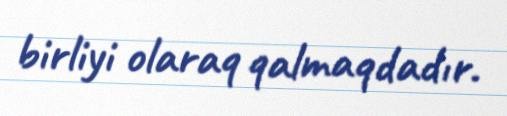
birliyi olaraq qalmaqdadır.